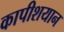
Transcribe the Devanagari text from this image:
कापीशयान